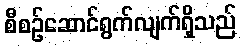
စီစဉ်ဆောင်ရွက်လျက်ရှိသည်